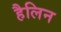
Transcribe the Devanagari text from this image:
हैलिन